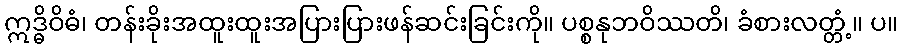
ဣဒ္ဓိဝိဓံ၊ တန်းခိုးအထူးထူးအပြားပြားဖန်ဆင်းခြင်းကို။ ပစ္စနုဘဝိဿတိ၊ ခံစားလတ္တံ့။ ပ။